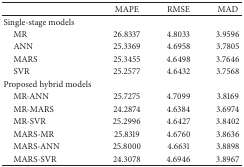
|  | MAPE | RMSE | MAD |
 | --- | --- | --- | --- |
 | Single-stage models |  |  |  |
 | MR | 26.8337 | 4.8033 | 3.9596 |
 | ANN | 25.3369 | 4.6958 | 3.7805 |
 | MARS | 25.3455 | 4.6498 | 3.7646 |
 | SVR | 25.2577 | 4.6432 | 3.7568 |
 | Proposed hybrid models |  |  |  |
 | MR-ANN | 25.7275 | 4.7099 | 3.8169 |
 | MR-MARS | 24.2874 | 4.6384 | 3.6974 |
 | MR-SVR | 25.2996 | 4.6427 | 3.8402 |
 | MARS-MR | 25.8319 | 4.6760 | 3.8636 |
 | MARS-ANN | 25.8000 | 4.6631 | 3.8898 |
 | MARS-SVR | 24.3078 | 4.6946 | 3.8967 |